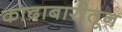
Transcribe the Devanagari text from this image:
कादाबारीतून